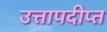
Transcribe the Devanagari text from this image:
उत्तापदीप्त